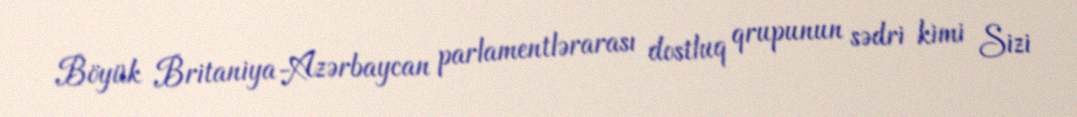
Böyük Britaniya-Azərbaycan parlamentlərarası dostluq qrupunun sədri kimi Sizi